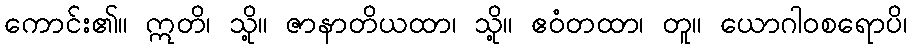
ကောင်း၏။ ဣတိ၊ သို့။ ဇာနာတိယထာ၊ သို့။ ဧဝံတထာ၊ တူ။ ယောဂါဝစရောပိ၊